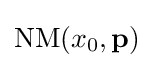
\operatorname {NM} (x_{0},\mathbf {p} )